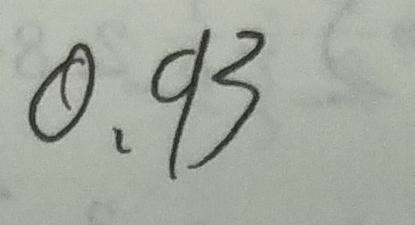
0 . 9 3